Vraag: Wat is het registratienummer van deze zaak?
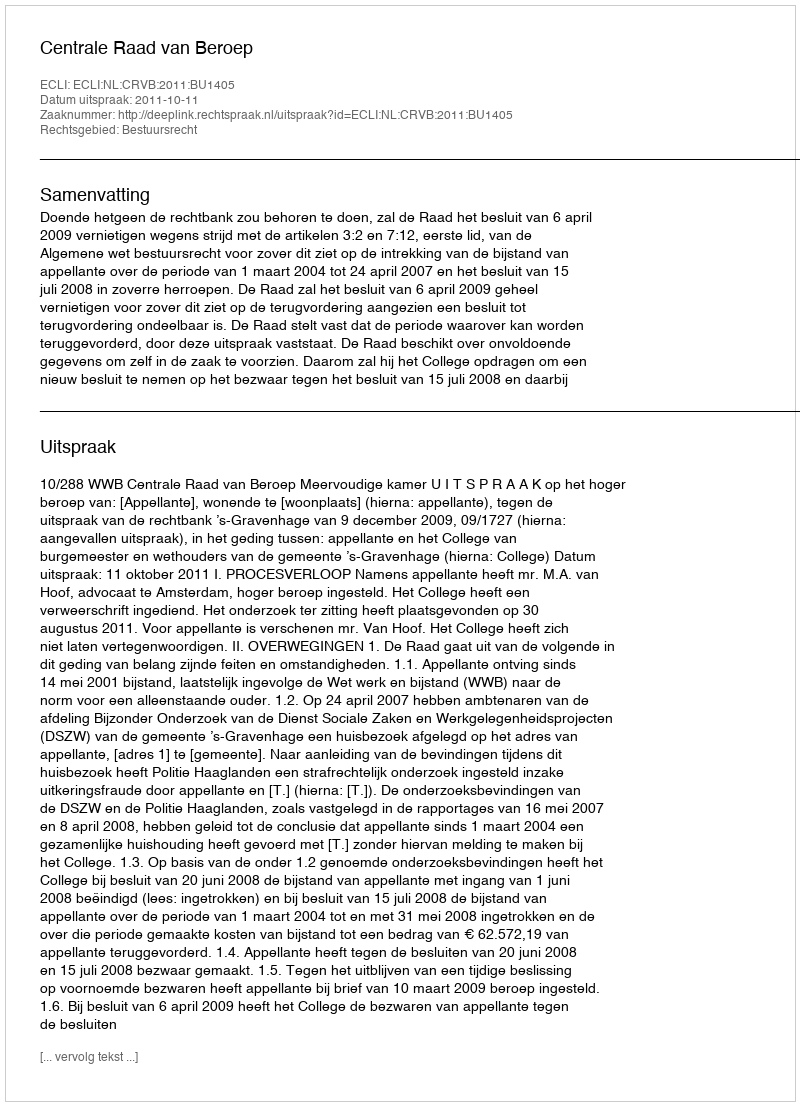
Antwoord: http://deeplink.rechtspraak.nl/uitspraak?id=ECLI:NL:CRVB:2011:BU1405